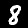
Label: 8